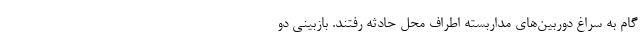
گام به سراغ دوربین‌های مداربسته اطراف محل حادثه رفتند. بازبینی دو